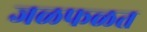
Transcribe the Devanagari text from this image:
जळफळत